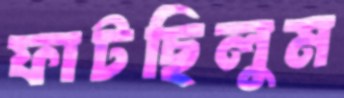
ফাটছিলুম